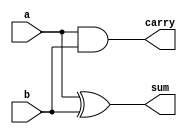

`timescale 1ns/100ps

module HalfAdder(
	output wire carry, sum,
	input wire a, b
);
	xor (sum, a, b);
	and (carry, a, b);
endmodule

module FullAdder(
	output carry, sum,
	input a, b, c
);
	xor (sum, a, b, c);
	and (ab, a, b);
	and (bc, b, c);
	and (ca, c, a);
	or (carry, ab, bc, ca);
endmodule

module RCA4bit (
	output wire [3:0] ans,
	output wire cout,
	input wire [3:0] A, B,
	input wire cin
);
	wire [4:0] intermediate_carry;
	buf (intermediate_carry[0], cin);
	FullAdder f[3:0] (intermediate_carry[4:1], ans, A, B, intermediate_carry[3:0]);
	buf (cout, intermediate_carry[4]);
endmodule

module RCA8bit (
	output wire [7:0] ans,
	output wire cout,
	input wire [7:0] A, B,
	input wire cin
);
	wire [8:0] intermediate_carry;
	buf (intermediate_carry[0], cin);
	FullAdder f[7:0] (intermediate_carry[8:1], ans, A, B, intermediate_carry[7:0]);
	buf (cout, intermediate_carry[8]);
endmodule


module CLA16_higher(sum,overF,A,B,sub,sign);
	input wire [15:0] A;
	input wire [15:0] B;
	input sub;
	input sign;
	output wire [15:0] sum;
	output overF;
	
	wire[15:0] op3;

	xor XOR_op[15:0](op3,B,sub);
	wire[3:0] carry;
	wire Cin;
	buf(Cin,sub);
	wire[15:0] p;
	wire[15:0] g;
	and And[15:0](g[15:0],A[15:0],op3[15:0]);
	xor XOR[15:0](p[15:0],A[15:0],op3[15:0]);
	
	and(p0I,p[3],p[2],p[1],p[0]);
	and(p1I,p[7],p[6],p[5],p[4]);
	and(p2I,p[11],p[10],p[9],p[8]);
	and(p3I,p[15],p[14],p[13],p[12]);
	
	and(p3p2p1g0,p[3],p[2],p[1],g[0]);
	and(p3p2g1,p[3],p[2],g[1]);
	and(p3g2,p[3],g[2]);
	and(g0I,p3p2p1g0,p3p2g1,p3g2,g[3]);
	
	and(p7p6p5g4,p[7],p[6],p[5],g[4]);
	and(p7p6g5,p[7],p[6],g[5]);
	and(p7g6,p[7],g[6]);
	and(g1I,p7p6p5g4,p7p6g5,p7g6,g[7]);
	
	and(p11p10p9g8,p[11],p[10],p[9],g[8]);
	and(p11p10g9,p[11],p[10],g[9]);
	and(p11g10,p[11],g[10]);
	and(g2I,p11p10p9g8,p11p10g9,p11g10,g[11]);
	
	and(p15p14p13g12,p[15],p[14],p[13],g[12]);
	and(p15p14g13,p[15],p[14],g[13]);
	and(p15g14,p[15],g[14]);
	and(g3I,p15p14p13g12,p15p14g13,p15g14,g[15]);

	and(p0Ic0,p0I,Cin);
	or(carry[0],p0Ic0,g0I);
	
	and(p1Ip0Ic0,p1I,p0I,Cin);
	and(p1Ig0I,p1I,g0I);
	or(carry[1],p1Ip0Ic0,p1Ig0I,g1I);
	
	and(p2Ip1Ip0Ic0,p2I,p1I,p0I,Cin);
	and(p2Ip1Ig0I,p2I,p1I,g0I);
	and(p2Ig1I,p2I,g1I);
	or(carry[2],p2Ip1Ip0Ic0,p2Ip1Ig0I,p2Ig1I,g2I);
	
	and(p3Ip2Ip1Ip0Ic0,p3I,p2I,p1I,p0I,Cin);
	and(p3Ip2Ip1Ig0I,p3I,p2I,p1I,g0I);
	and(p3Ip2Ig1I,p3I,p2I,g1I);
	and(p3Ig2I,p3I,g2I);
	or(carry[3],p3Ip2Ip1Ip0Ic0,p3Ip2Ip1Ig0I,p3Ip2Ig1I,p3Ig2I,g3I);
	
	wire carry2[3:0];
	wire carry2L[3:0];
	
	CLA cla1(sum[3:0],carry2[0],carry2L[0],A[3:0],op3[3:0],Cin);
	CLA cla2(sum[7:4],carry2[1],carry2L[1],A[7:4],op3[7:4],carry[0]);
	CLA cla3(sum[11:8],carry2[2],carry2L[2],A[11:8],op3[11:8],carry[1]);
	CLA cla4(sum[15:12],carry2[3],carry2L[3],A[15:12],op3[15:12],carry[2]);

    wire sub_bar;
    not N2(sub_bar,sub);

	
	/*
	xor(check,carry[3],carry2[3]);
	xor XOR1(equal,carry2[3],carry2L[3]);
	not NOT3(equalC,equal);
	not NOT1(sign_bar,sign);
	not NOT2(sub_bar,sub);
	and And1(mint1,sign_bar,sub_bar);
	or OR1(mint2,sign,sub);
	
	and AND2(mint3,mint1,carry2[3]);
	and AND3(mint4,mint2,equalC);
	
	or ORF(overF,mint3,mint4);
	*/
	
	// wire o1,o2;
    // wire x1,x2;
    // wire last_bar, c2l_bar;
    // not Nott1(last_bar, carry2[3]);
    // not Nott2(c2l_bar, carry2L[3]);

    
    // buf Buf1 (o1,carry2[3]);
    // xor Xor1 (o2, carry2[3], carry2L[3]);

    // wire sign_bar;
    // not Not1 (sign_bar, sign); 

    // wire mint1, mint2;
    // and And1 (mint1, sign_bar, o1);
    // and And2 (mint2, sign,  o2);

    // or Or3 (overF, mint1, mint2);

	
    wire o1,o2;
    wire x1,x2;
    wire last_bar, c2l_bar;
    not Nott1(last_bar, carry[3]);
    not Nott2(c2l_bar, carry2L[3]);


    buf Buf1 (o1,carry2[3]);
    xor Xor1 (o2, carry2[3], carry2L[3]);

    wire sign_bar;
    not Not1 (sign_bar, sign); 

    wire mint1, mint2;
    and And1 (mint1, sign_bar, o1,sub_bar);
    and And2 (mint2, sign, o2);

    or Or (overF, mint1, mint2);
    and AAnd1 (mint1, sign_bar, o1);
    and AAnd2 (mint2, sign,  o2);

    or OOOr (overF, mint1, mint2);
    or OOr (OF, mint1, mint2);

endmodule
	
module CLA(sum,carry,C2L,A,B,Cin); 
	input wire [3:0]A;
	input wire [3:0]B;
	input wire Cin;
	output wire[3:0]sum;
	output carry;
	output C2L;

	wire [3:0]p;
	wire [3:0]g;
	and And[3:0](g[3:0],A[3:0],B[3:0]);
	xor Xor[3:0](p[3:0],A[3:0],B[3:0]);
	
	
	wire[3:0]c;
	
	buf(c[0],Cin);
	and(p0c0,p[0],c[0]);
	or(c[1],p0c0,g[0]);
	
	and(p1p0c0,p[1],p[0],c[0]);
	and(p1g0,p[1],g[0]);
	or(c[2],p1p0c0,p1g0,g[1]);
	
	and(p2p1p0c0,p[2],p[1],p[0],c[0]);
	and(p2p1g0,p[2],p[1],g[0]);
	and(p2g1,p[2],g[1]);
	or(c[3],p2p1p0c0,p2p1g0,p2g1,g[2]);
	
	buf(C2L,c[3]);
	
	and(p3p2p1p0c0,p[3],p[2],p[1],p[0],c[0]);
	and(p3p2p1g0,p[3],p[2],p[1],g[0]);
	and(p3p2g1,p[3],p[2],g[1]);
	and(p3g2,p[3],g[2]);
	or(carry,p3p2p1p0c0,p3p2p1g0,p3p2g1,p3g2,g[3]);
	
	xor XOR[3:0](sum,p,c);
	
endmodule